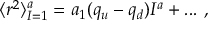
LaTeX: \langle r ^ { 2 } \rangle _ { I = 1 } ^ { a } = a _ { 1 } ( q _ { u } - q _ { d } ) { { I ^ { a } } } + . . . \ ,